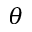
\theta